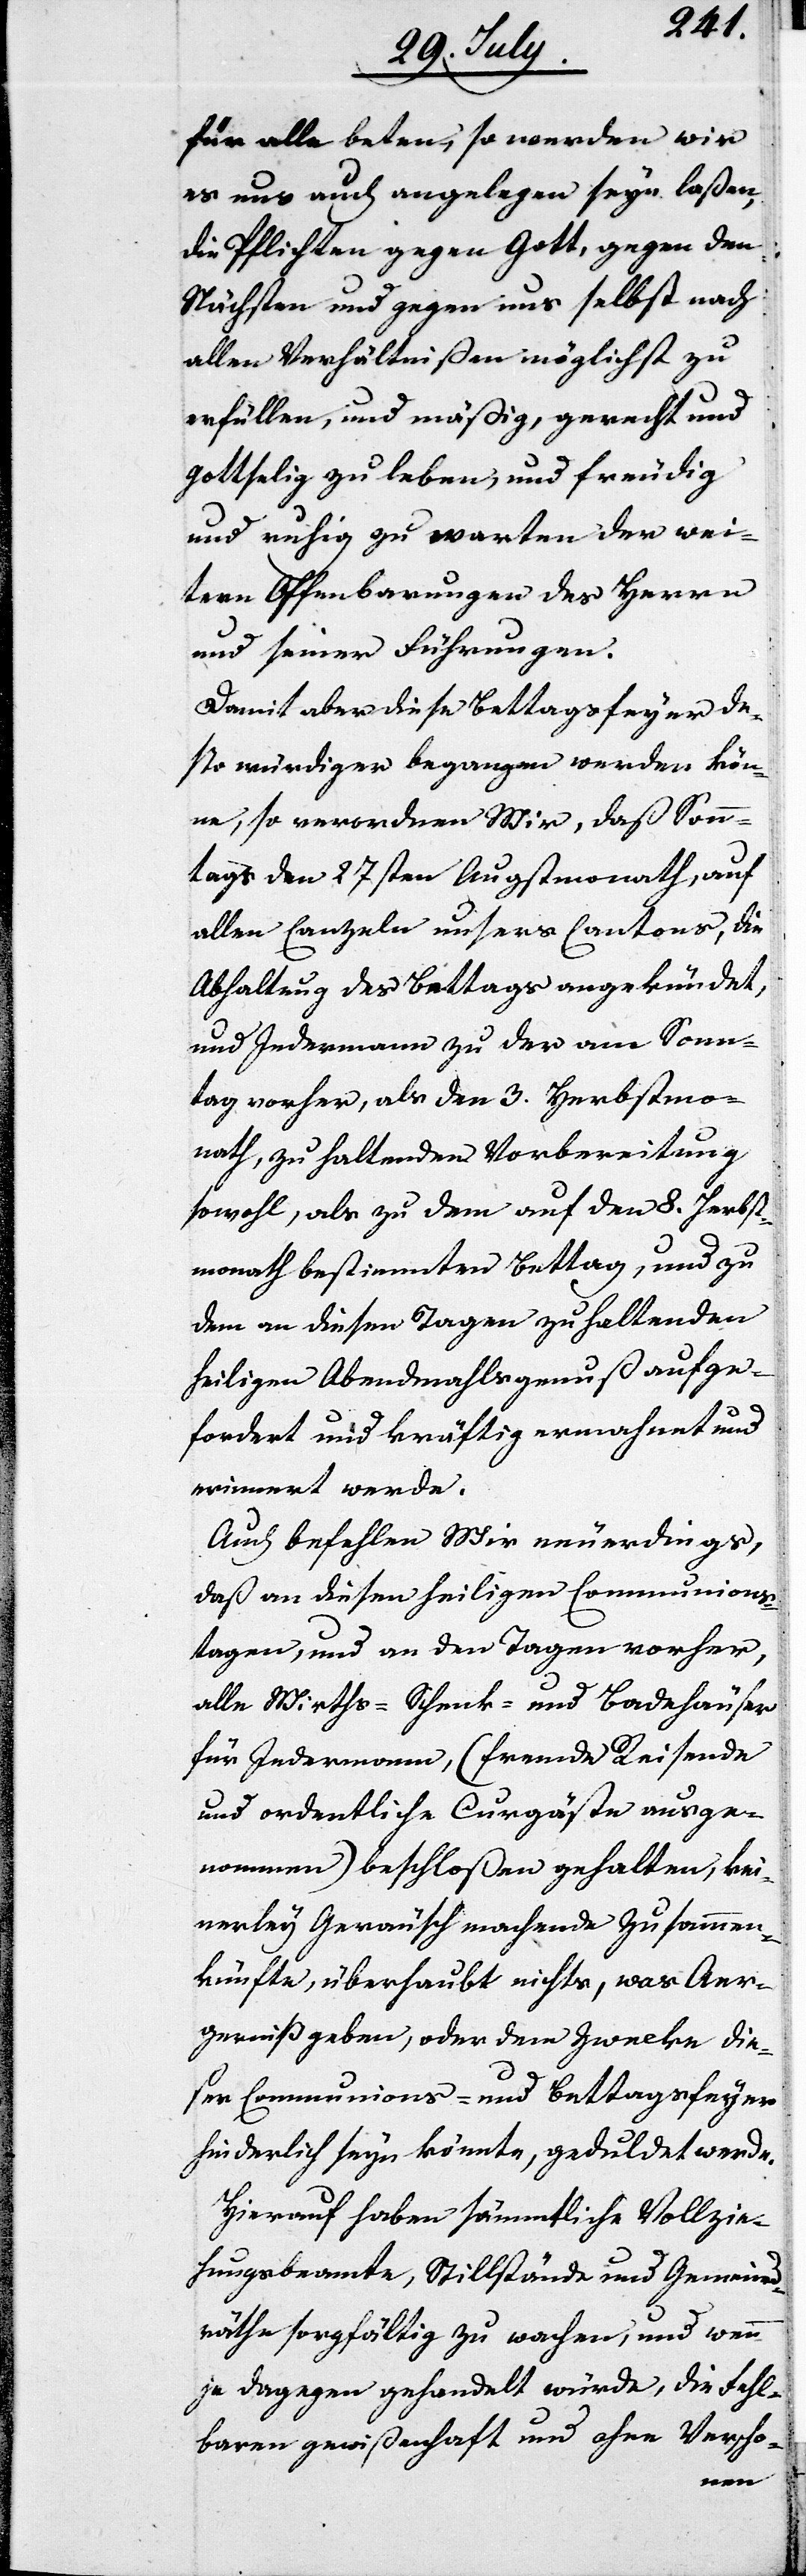
für alle beten, so werden wir
es uns auch angelegen seyn laßen,
die Pflichten gegen Gott, gegen den
Nächsten und gegen uns selbst nach
allen Verhältnißen möglichst zu
erfüllen, und mäßig, gerecht und
gottselig zu leben, und freudig
und ruhig zu warten der wei¬
tern Offenbarungen des Herrn
und seiner Führungen.
Damit aber diese Bettagsfeyer de¬
sto würdiger begangen werden kön¬
ne, so verordnen Wir, daß Sonn¬
tags den 27sten Augustmonath, auf
allen Canzeln unsers Cantons, die
Abhaltung des Bettages angekündet,
und Jedermann zu der am Sonn¬
tag vorher, als den 3. Herbstmo¬
nath, zu haltenden Vorbereitung
sowohl, als zu dem auf den 8. Herbst¬
monath bestimmten Bettag, und zu
dem zu diesen Tagen zu haltenden
heiligen Abendmahlsgenuß aufge¬
fordert und kräftig ermahnet und
erinnert werde.
Auch befehlen Wir neuerdings,
daß an diesen heiligen Communions¬
tagen, und an den Tagen vorher,
alle Wirths-, Schenk und Badehäuser
für Jedermann, (fremde Reisende
und ordentliche Curgäste ausge¬
nommen) beschloßen gehalten, kei¬
nerley Geräusch machende Zusammen¬
künfte, überhaupt nichts, was Aer¬
gerniß geben, oder dem Zwecke die¬
ser Communions- und Bettagsfeyer
hinderlich seyn könnte, geduldet werde.
Hierauf haben sämmtliche Vollzie¬
hungsbeamte, Stillstände und Gemeind¬
räthe sorgfältig zu wachen, und wenn
je dagegen gehandelt würde, die Fehl¬
baren gewißenhaft und ohne Verscho-